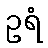
ဥရံ